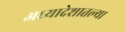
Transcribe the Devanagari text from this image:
अध्यादेशातल्या